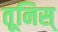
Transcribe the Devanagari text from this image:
तूनिस्